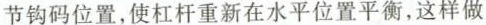
节钩码位置，使杠杆重新在水平位置平衡，这样做